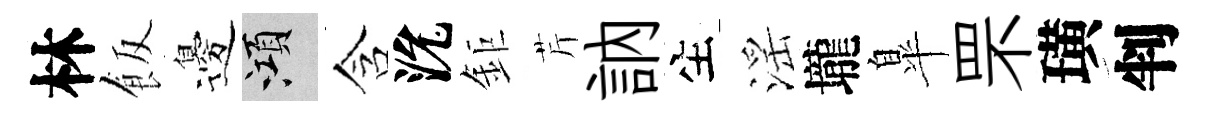
林飯邊澒含沇鉅芹訥生滛壠臯罘璜判